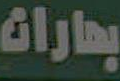
بهارات